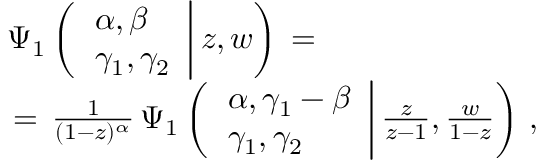
\begin{array} { l } { \displaystyle \Psi _ { 1 } \left( \left. \begin{array} { l } { \alpha , \beta } \\ { \gamma _ { 1 } , \gamma _ { 2 } } \end{array} \right| z , w \right) \, = \, } \\ { \, = \, \frac 1 { ( 1 - z ) ^ { \alpha } } \, \Psi _ { 1 } \left( \left. \begin{array} { l } { \alpha , \gamma _ { 1 } - \beta } \\ { \gamma _ { 1 } , \gamma _ { 2 } } \end{array} \right| \frac z { z - 1 } , \frac w { 1 - z } \right) \, , } \end{array}